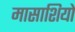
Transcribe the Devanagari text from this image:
मासाशियो